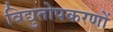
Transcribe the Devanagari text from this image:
विद्युतोपकरणों